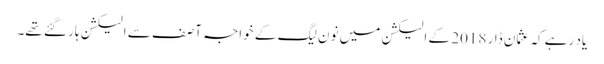
یاد رہے کہ عثمان ڈار 2018 کے الیکشن میں نون لیگ کے خواجہ آصف سے الیکشن ہار گئے تھے۔